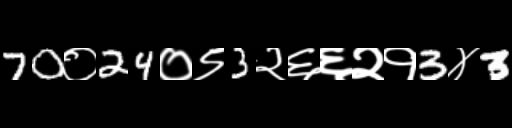
Text: 70०24०९3२६६२१3४3